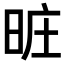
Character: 𣆮